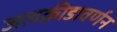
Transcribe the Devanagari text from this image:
जलक्रीडावर्णन